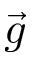
\vec { g }